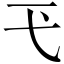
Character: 𢍼